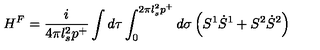
H ^ { F } = \frac { i } { 4 \pi l _ { s } ^ { 2 } p ^ { + } } \int d \tau \int _ { 0 } ^ { 2 \pi l _ { s } ^ { 2 } p ^ { + } } d \sigma \left( S ^ { 1 } \dot { S } ^ { 1 } + S ^ { 2 } \dot { S } ^ { 2 } \right)